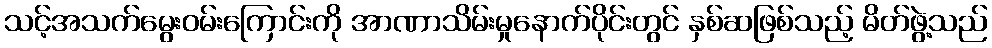
သင့်အသက်မွေးဝမ်းကြောင်းကို အာဏာသိမ်းမှုနောက်ပိုင်းတွင် နှစ်ဆဖြစ်သည့် မိတ်ဖွဲ့သည်